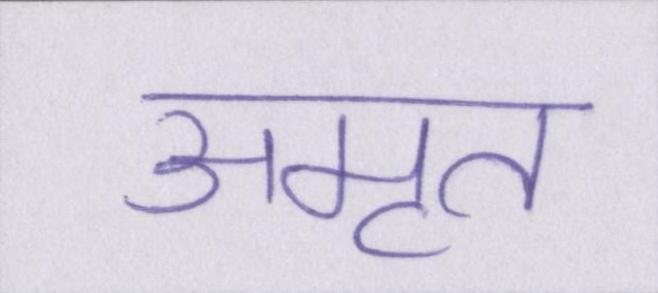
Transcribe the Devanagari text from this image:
अमृत